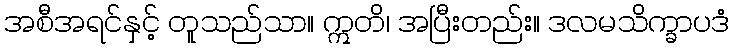
အစီအရင်နှင့် တူသည်သာ။ ဣတိ၊ အပြီးတည်း။ ဒလမသိက္ခာပဒံ